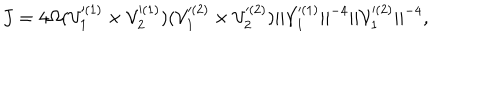
J = 4 \Omega ( { \cal V } _ { 1 } ^ { ( 1 ) } \times { \cal V } _ { 2 } ^ { ( 1 ) } ) ( { \cal V } _ { 1 } ^ { ( 2 ) } \times { \cal V } _ { 2 } ^ { ( 2 ) } ) | | { \cal V } _ { 1 } ^ { ( 1 ) } | | ^ { - 4 } | | { \cal V } _ { 1 } ^ { ( 2 ) } | | ^ { - 4 } ,